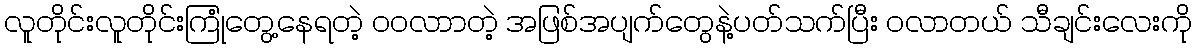
လူတိုင်းလူတိုင်းကြုံတွေ့နေရတဲ့ ဝဝလာာတဲ့ အဖြစ်အပျက်တွေနဲ့ပတ်သက်ပြီး ဝလာတယ် သီချင်းလေးကို